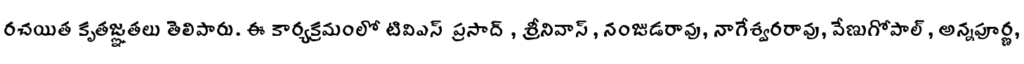
రచయిత కృతజ్ఞతలు తెలిపారు. ఈ కార్యక్రమంలో టివిఎస్ ప్రసాద్ , శ్రీనివాస్, నంజుడరావు, నాగేశ్వరరావు, వేణుగోపాల్, అన్నపూర్ణ,